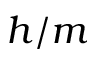
h / m